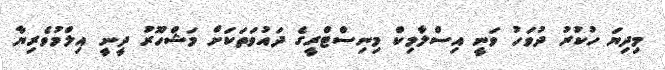
މިދިޔަ ހުކުރު ދުވަހު ވަނީ އިސްލާމިކް މިނިސްޓްރީގެ ދައުވަތަކަށް މަޝްހޫރު ދީނީ އިލްމުވެރިޔާ